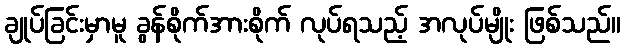
ချုပ်ခြင်းမှာမူ ခွန်စိုက်အားစိုက် လုပ်ရသည့် အလုပ်မျိုး ဖြစ်သည်။